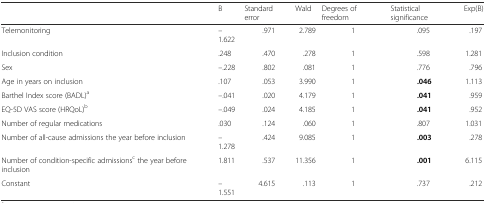
<table><thead><tr><td></td><td><b>B</b></td><td><b>Standard error</b></td><td><b>Wald</b></td><td><b>Degrees of freedom</b></td><td><b>Statistical significance</b></td><td><b>Exp(B)</b></td></tr></thead><tbody><tr><td>Telemonitoring</td><td>–1.622</td><td>.971</td><td>2.789</td><td>1</td><td>.095</td><td>.197</td></tr><tr><td>Inclusion condition</td><td>.248</td><td>.470</td><td>.278</td><td>1</td><td>.598</td><td>1.281</td></tr><tr><td>Sex</td><td>–.228</td><td>.802</td><td>.081</td><td>1</td><td>.776</td><td>.796</td></tr><tr><td>Age in years on inclusion</td><td>.107</td><td>.053</td><td>3.990</td><td>1</td><td><b>.046</b></td><td>1.113</td></tr><tr><td>Barthel Index score (BADL)<sup>a</sup></td><td>–.041</td><td>.020</td><td>4.179</td><td>1</td><td><b>.041</b></td><td>.959</td></tr><tr><td>EQ-5D VAS score (HRQoL)<sup>b</sup></td><td>–.049</td><td>.024</td><td>4.185</td><td>1</td><td><b>.041</b></td><td>.952</td></tr><tr><td>Number of regular medications</td><td>.030</td><td>.124</td><td>.060</td><td>1</td><td>.807</td><td>1.031</td></tr><tr><td>Number of all-cause admissions the year before inclusion</td><td>–1.278</td><td>.424</td><td>9.085</td><td>1</td><td><b>.003</b></td><td>.278</td></tr><tr><td>Number of condition-specific admissions<sup>c</sup> the year before inclusion</td><td>1.811</td><td>.537</td><td>11.356</td><td>1</td><td><b>.001</b></td><td>6.115</td></tr><tr><td>Constant</td><td>–1.551</td><td>4.615</td><td>.113</td><td>1</td><td>.737</td><td>.212</td></tr></tbody></table>